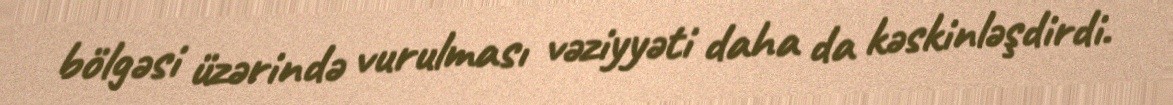
bölgəsi üzərində vurulması vəziyyəti daha da kəskinləşdirdi.